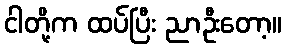
ငါတို့က ထပ်ပြီး ညာဦးတော့။